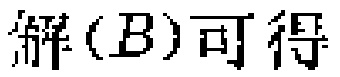
解\((B)\)可得